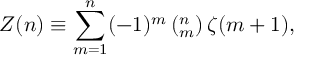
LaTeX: Z ( n ) \equiv \sum _ { m = 1 } ^ { n } ( - 1 ) ^ { m } \left( ^ n _ { m } \right) \zeta ( m + 1 ) ,